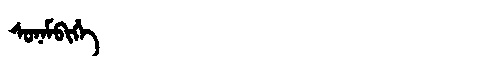
Manchu: ᠰᠣᠨᠠᠮᠪᡳᡥᡝ
Romanization: SONAMBIHE